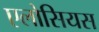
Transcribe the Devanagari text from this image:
एलोसियस